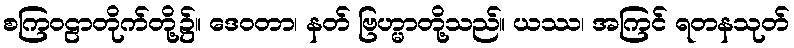
စကြဝဠာတိုက်တို့၌။ ဒေဝတာ၊ နတ် ဗြဟ္မာတို့သည်။ ယဿ၊ အကြင် ရတနသုတ်